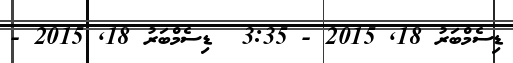
ޑިސެމްބަރު 18